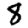
Digit: 8